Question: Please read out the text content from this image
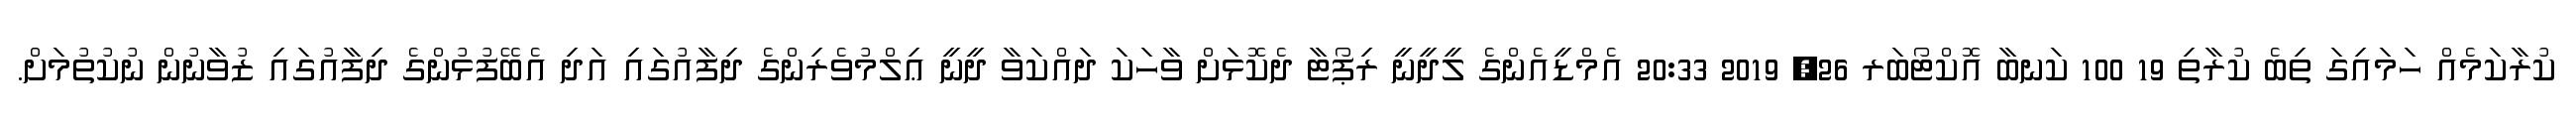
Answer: ކުރާކަމެއް ހަމައިގަ ތިބެ ކުރާތި 19 100 ކަނބާ އޮކްޓޯބަރ 26, 2019 20:33 އެމްޑީއެންގެ ލީދީނީ ރިޕޯޓާ ދެކޮޅަށް ވާހަކަ ދައްކަވާ ދީނީ ޢިލްމުވެރިންގެ ދިފާއުގައި އަދި އެބޭފުޅުންގެ ދިފާއުގައި ޒުވާނުން ނުކުތުމަށް.